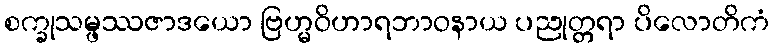
စက္ခုသမ္ဖဿဇာဒယော ဗြဟ္မဝိဟာရဘာဝနာယ ပညုတ္တရာ ပိလောတိကံ